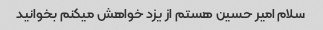
سلام امیر حسین هستم از یزد خواهش میکنم بخوانید